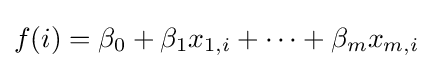
f(i)=\beta _{0}+\beta _{1}x_{1,i}+\cdots +\beta _{m}x_{m,i}